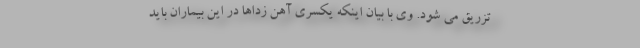
تزریق می شود. وی با بیان اینکه یکسری آهن‌ زداها در این بیماران باید